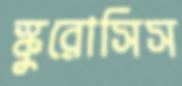
স্কুরোসিস